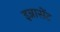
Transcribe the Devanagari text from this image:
इन्नासेंट